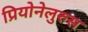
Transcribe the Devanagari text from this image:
प्रियोनेलुरुस